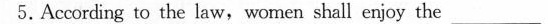
5.According to the law,women shall enjoy the ___